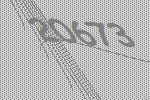
20673